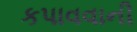
કપાવવાની